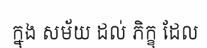
ក្នុង សម័យ ដល់ ភិក្ខុ ដែល